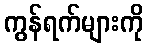
ကွန်ရက်များကို